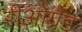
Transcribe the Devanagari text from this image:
रीओग्रैंड